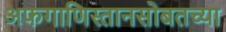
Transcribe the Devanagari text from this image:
अफगाणिस्तानसोबतच्या